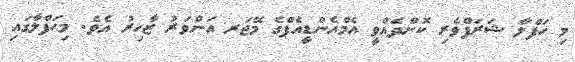
މި ހަފްލާ ޝަރަފްވެރި ކޮށްދެއްވީ އެމްއެންޑީއެފްގެ މޭޖަރ އަންވަރު ޒާހިރު އެވެ. މިޙަފްލާގައި